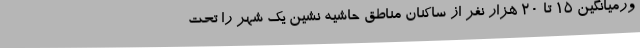
ورمیانگین 15 تا 20 هزار نفر از ساکنان مناطق حاشیه نشین یک شهر را تحت